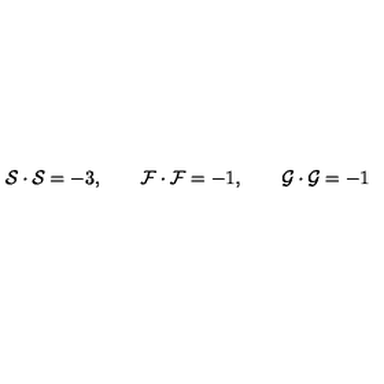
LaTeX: { \cal { S } } \cdot { \cal { S } } = - 3 , \qquad { \cal { F } } \cdot { \cal { F } } = - 1 , \qquad { \cal { G } } \cdot { \cal { G } } = - 1